Scottish Certificate of Education, 1962
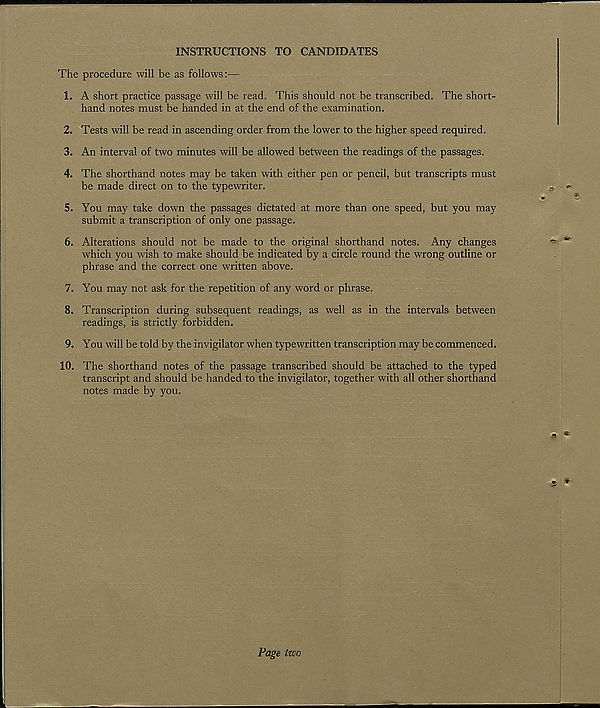
INSTRUCTIONS TO CANDIDATES
The procedure will be as follows:—
1. A short practice passage will be read. This should not be transcribed. The short-
hand notes must be handed in at the end of the examination.
2. Tests will be read in ascending order from the lower to the higher speed required.
3. An interval of two minutes will be allowed between the readings of the passages.
4. The shorthand notes may be taken with either pen or pencil, but transcripts must
be made direct on to the typewriter.
5. You may take down the passages dictated at more than one speed, but you may
submit a transcription of only one passage.
6. Alterations should not be made to the original shorthand notes. Any changes
which you wish to make should be indicated by a circle round the wrong outline or
phrase and the correct one written above.
7. You may not ask for the repetition of any word or phrase.
8. Transcription during subsequent readings, as well as in the intervals between
readings, is strictly forbidden.
9. You will be told by the invigilator when typewritten transcription may be commenced.
10. The shorthand notes of the passage transcribed should be attached to the typed
transcript and should be handed to the invigilator, together with all other shorthand
notes made by you.
Page two